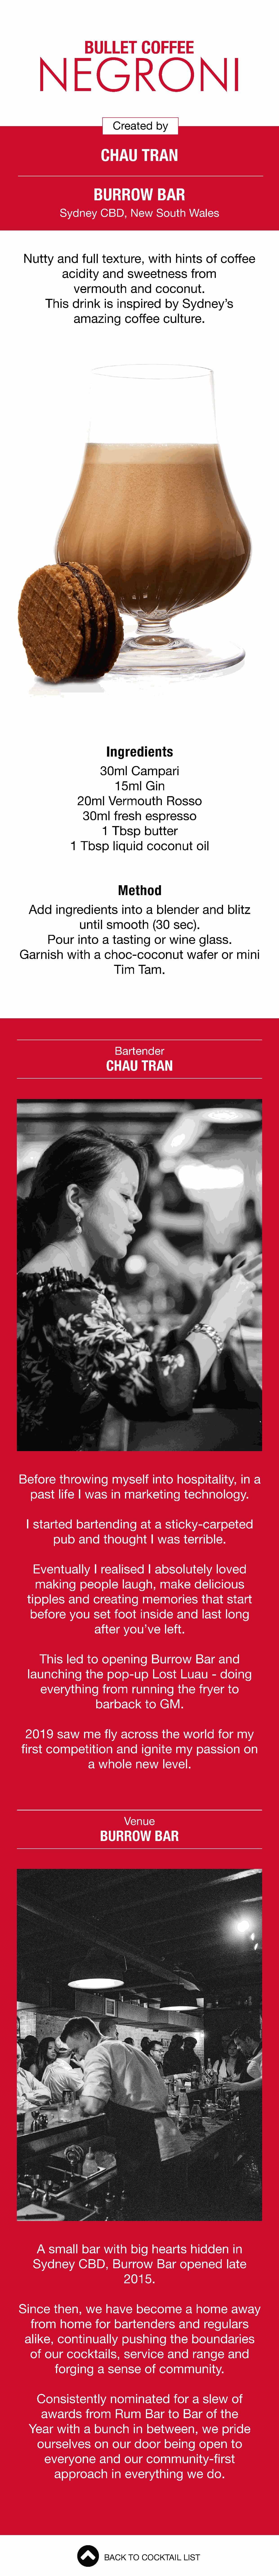
BULLET           COFFEE
 NEGRONI
 Created      by
 CHAU        TRAN
 BURROW            BAR
 Sydney      CBD,    New     South     Wales
 Nutty     and    full  texture,      with    hints    of  coffee
 acidity     and    sweetness          from
 vermouth        and     coconut.
 This    drink     is inspired       by   Sydney’s
 amazing        coffee     culture.
 Ingredients
 30ml      Campari
 15ml     Gin
 20ml     Vermouth         Rosso
 30ml      fresh    espresso
 1  Tbsp     butter
 1  Tbsp     liquid    coconut        oil
 Method
 Add     ingredients         into   a  blender       and    blitz
 until   smooth        (30   sec).
 Pour     into   a  tasting     or   wine     glass.
 Garnish       with    a  choc-coconut            wafer     or   mini
 Tim    Tam.
 Bartender
 CHAU       TRAN
 Before      throwing        myself      into   hospitality,       in  a
 past    life  I was     in  marketing        technology.
 I started     bartending         at   a  sticky-carpeted
 pub    and    thought       I was     terrible.
 Eventually        I realised      I absolutely        loved
 making       people       laugh,     make      delicious
 tipples     and    creating       memories         that    start
 before     you     set   foot   inside     and    last   long
 after   you’ve      left.
 This    led   to  opening       Burrow       Bar    and
 launching        the   pop-up        Lost    Luau     -  doing
 everything        from     running      the    fryer   to
 barback        to  GM.
 2019      saw     me    fly  across      the   world     for   my
 first   competition         and     ignite    my    passion       on
 a  whole      new     level.
 Venue
 BURROW           BAR
 A  small     bar    with   big    hearts     hidden      in
 Sydney       CBD,      Burrow       Bar    opened        late
 2015.
 Since      then,    we    have     become         a  home      away
 from     home      for   bartenders         and    regulars
 alike,    continually        pushing       the   boundaries
 of  our    cocktails,      service      and     range     and
 forging      a  sense      of  community.
 Consistently         nominated          for   a  slew    of
 awards       from     Rum      Bar   to   Bar    of  the
 Year     with    a  bunch      in  between,        we    pride
 ourselves        on   our    door    being      open     to
 everyone        and     our   community-first
 approach         in  everything        we    do.
 BACK   TO  COCKTAIL    LIST